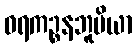
ဝရကဉ္စနဘူမိယာ